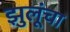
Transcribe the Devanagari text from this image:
झुलूंचा